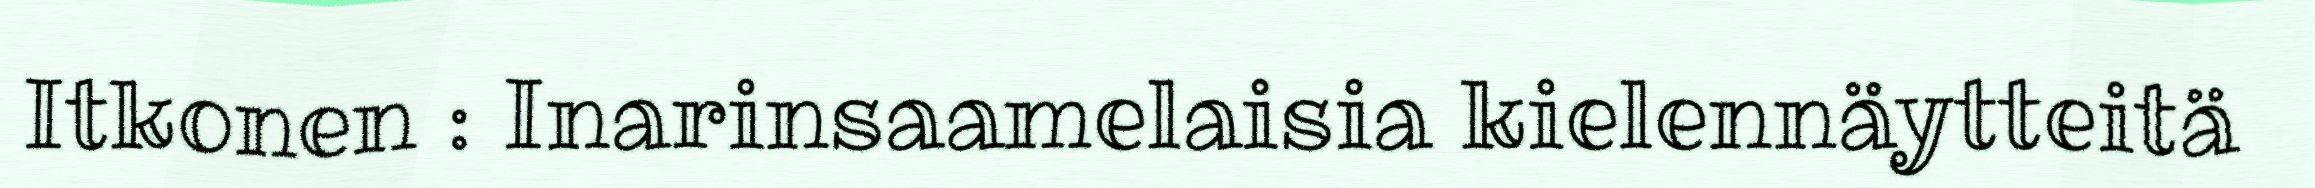
Itkonen : Inarinsaamelaisia kielennäytteitä